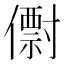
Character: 𠐆